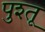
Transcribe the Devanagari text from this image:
पुश्‍तू